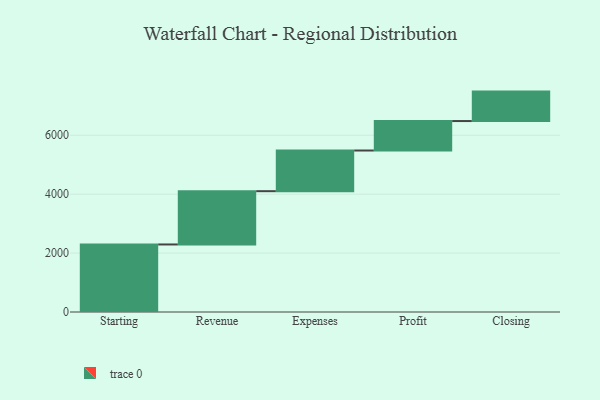
{"axis": {"x": "Step", "y": "Value"}, "legend": [""], "data": [{"x": "Starting", "y": 2293.0, "type": ""}, {"x": "Revenue", "y": 1809.0, "type": ""}, {"x": "Expenses", "y": 1381.0, "type": ""}, {"x": "Profit", "y": 1000, "type": ""}, {"x": "Closing", "y": 1000, "type": ""}]}